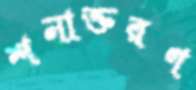
শনাক্তরণ